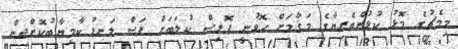
މިމެޗުގެ މޮޅު ކުޅުންތެރިޔާގެ މަޤާމަށް ހޮވުނީ ޕޮލިސް ކުލަބަށް ފަސް ލަނޑު ކާމިޔާބުކޮށްދިން